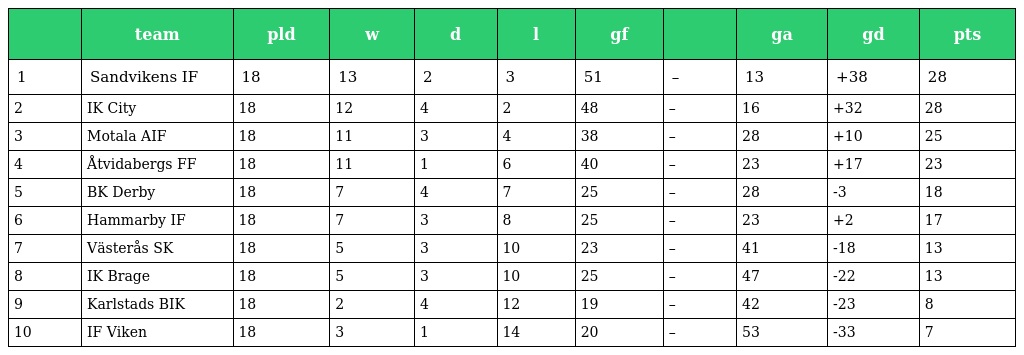
|  | team | pld | w | d | l | gf |  | ga | gd | pts |
 | --- | --- | --- | --- | --- | --- | --- | --- | --- | --- | --- |
 | 1 | Sandvikens IF | 18 | 13 | 2 | 3 | 51 | – | 13 | +38 | 28 |
 | 2 | IK City | 18 | 12 | 4 | 2 | 48 | – | 16 | +32 | 28 |
 | 3 | Motala AIF | 18 | 11 | 3 | 4 | 38 | – | 28 | +10 | 25 |
 | 4 | Åtvidabergs FF | 18 | 11 | 1 | 6 | 40 | – | 23 | +17 | 23 |
 | 5 | BK Derby | 18 | 7 | 4 | 7 | 25 | – | 28 | -3 | 18 |
 | 6 | Hammarby IF | 18 | 7 | 3 | 8 | 25 | – | 23 | +2 | 17 |
 | 7 | Västerås SK | 18 | 5 | 3 | 10 | 23 | – | 41 | -18 | 13 |
 | 8 | IK Brage | 18 | 5 | 3 | 10 | 25 | – | 47 | -22 | 13 |
 | 9 | Karlstads BIK | 18 | 2 | 4 | 12 | 19 | – | 42 | -23 | 8 |
 | 10 | IF Viken | 18 | 3 | 1 | 14 | 20 | – | 53 | -33 | 7 |